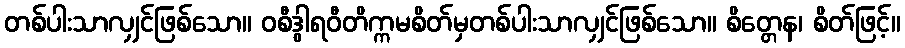
တစ်ပါးသာလျှင်ဖြစ်သော။ ဝစီဒွါရဝီတိက္ကမစိတ်မှတစ်ပါးသာလျှင်ဖြစ်သော။ စိတ္တေန၊ စိတ်ဖြင့်။